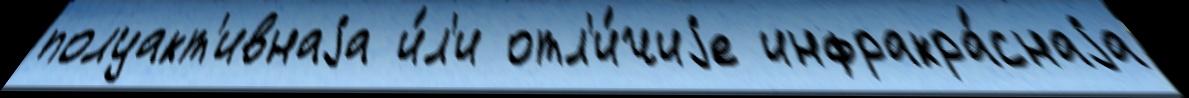
полуакт'ивнаjа и́л'и отл'и́чиjе инфракра́снаjа